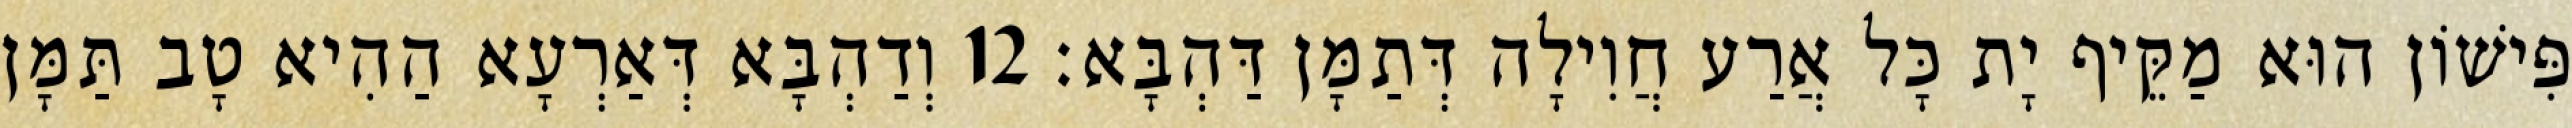
פִּישׁוֹן הוּא מַקֵּיף יָת כָּל אֲרַע חֲוִילָה דְּתַמָּן דַּהְבָּא׃ 12 וְדַהְבָּא דְּאַרְעָא הַהִיא טָב תַּמָּן